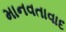
માનવતાવાદ